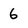
Character: 6